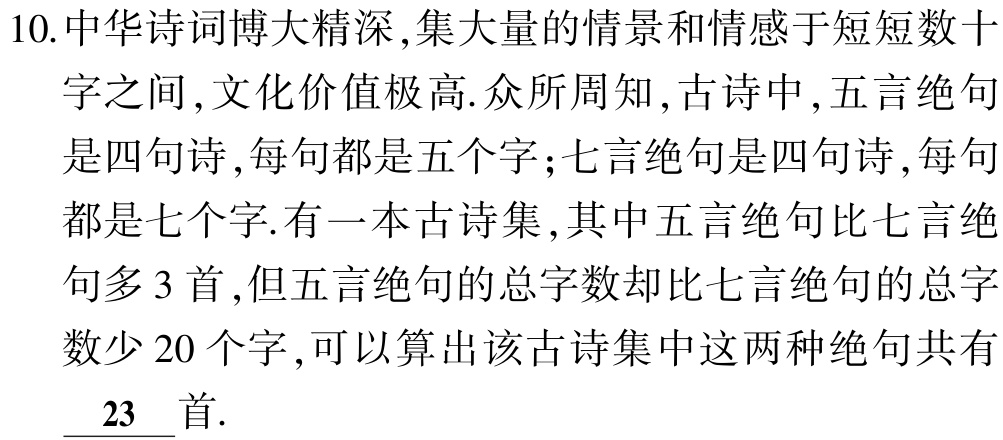
10.中华诗词博大精深,集大量的情景和情感于短短数十字之间,文化价值极高.众所周知,古诗中,五言绝句是四句诗,每句都是五个字;七言绝句是四句诗,每句都是七个字.有一本古诗集,其中五言绝句比七言绝句多$3$首,但五言绝句的总字数却比七言绝句的总字数少$20$个字,可以算出该古诗集中这两种绝句共有___$23$___首.